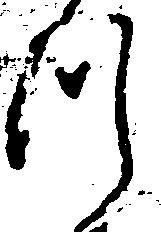
つ